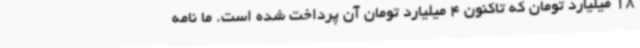
18 میلیارد تومان که تاکنون 4 میلیارد تومان آن پرداخت شده است. ما نامه